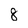
Character: 8